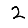
Digit: 2